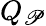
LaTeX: Q_{\mathscr{P}}